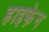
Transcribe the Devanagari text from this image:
हाइफे़न